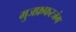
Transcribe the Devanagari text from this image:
मुजफ्रफरजंग